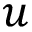
u